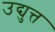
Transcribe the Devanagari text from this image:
उद्युत्त